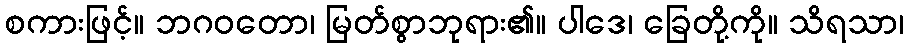
စကားဖြင့်။ ဘဂဝတော၊ မြတ်စွာဘုရား၏။ ပါဒေ၊ ခြေတို့ကို။ သိရသာ၊